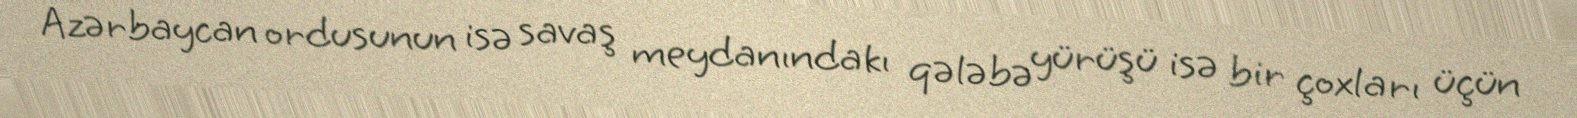
Azərbaycan ordusunun isə savaş meydanındakı qələbə yürüşü isə bir çoxları üçün